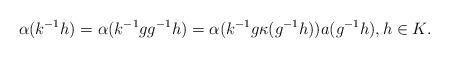
LaTeX: \begin{align*}\alpha (k^{-1} h) = \alpha (k^{-1} g g^{-1} h) = \alpha (k^{-1} g \kappa (g^{-1} h)) a (g^{-1}h),h \in K.\end{align*}